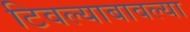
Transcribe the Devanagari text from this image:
टिवल्याबावल्या